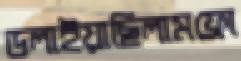
ডলাইয়াছিলামফ্রো